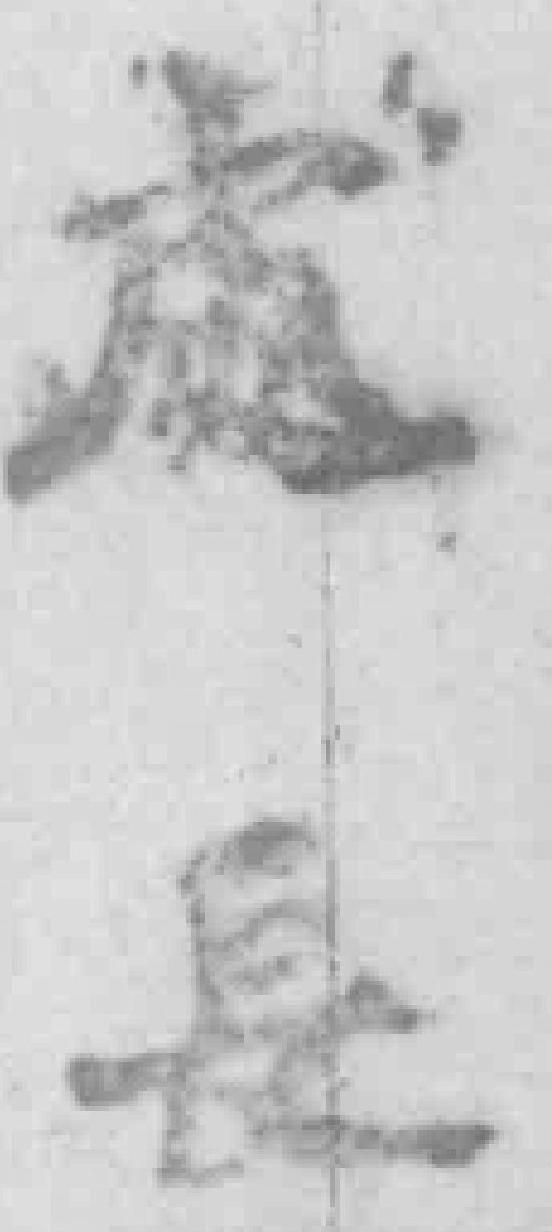
處長